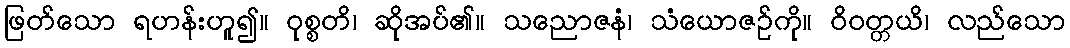
ဖြတ်သော ရဟန်းဟူ၍။ ဝုစ္စတိ၊ ဆိုအပ်၏။ သညောဇနံ၊ သံယောဇဉ်ကို။ ဝိဝတ္တယိ၊ လည်သော